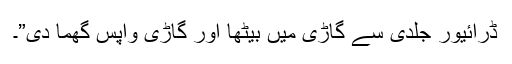
ڈرائیور جلدی سے گاڑی میں بیٹھا اور گاڑی واپس گھما دی”۔